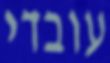
עובדי